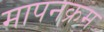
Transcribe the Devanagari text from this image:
मापनक्रम